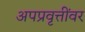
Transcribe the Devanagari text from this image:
अपप्रवृत्तींवर